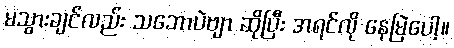
မသွားချင်လည်း သဘောပဲဗျာ ဆိုပြီး အရင်လို နေမြဲပေါ့။